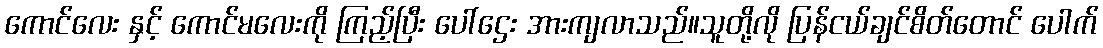
ကောင်လေး နှင့် ကောင်မလေးကို ကြည့်ပြီး ပေါ်ဌေး အားကျလာသည်။သူတို့လို ပြန်ငယ်ချင်စိတ်တောင် ပေါက်